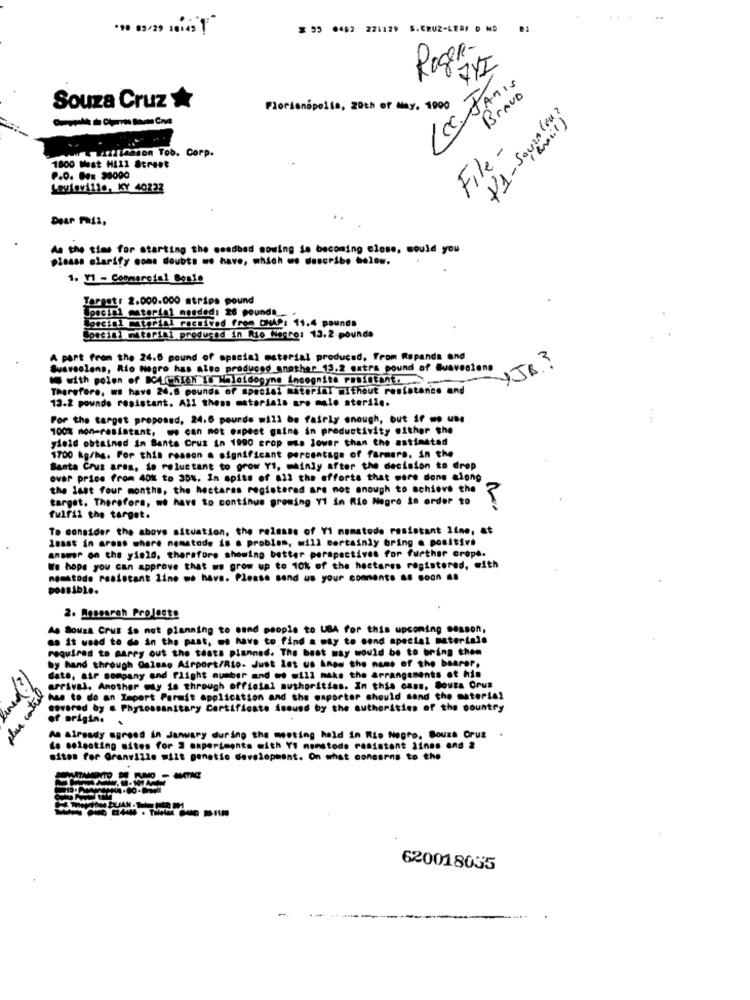
..
..
$ 35 0492 221129
S.CRUZ-LEAF D
Roger.
7/2
Lea JAMIs
Souza Cruz
Bravo
Florianopolis, 20th of May, 1900
File -
Allaason Tob. Corp.
1800 West Hill Street
P.O. Box 90000
Louleville, KY 40232
inojuinos- Fet
Dear Fail,
As the time for starting the mmadbad sowing is becoming close, would you
please clarify come doubts we have, which we describe below.
1. V1 - Commercial Bon1e
Target: 2.000.000 strips pound
pociel material mended: 26 pound" .
Joeein1 motorini ractived free ONAP: 11.4 pounds
Special material produced in Rio Negro: 13.2-pounda
A part from the 24.6 pound of apacial material produced, From Repanda and
YJB ?
Luo produced another 13.2 extra pound of Suavesione
Suaveolens, Rio Negro has also Pr
with polen of BC4( hIch Io Meloidogyne incognite resistant.
Therefore, wo have 24,6 pounds of special material mithout resistance and
13.2 pounds resistant. All these materials are mulo sterile.
For the target proposed, 24.6 pourds will be fairly enough, but if m. une
100% mon-resistant, we can not expect gains in productivity either the
yield obtained in Santa Cruz in 1990 crop mus lower than the estimated
1700 kg/ha. For this reason a significant percentage of farmera. in the
Santa Cruz area, So reluctant to grow Y1, mainly after the decision to drop
over price from 40% to 35%. In spite of all the efforts that were done clong
the last four months, the hectares registered are not enough to achieve the
target. Therefore, we have to continue growing 11 in Rio Negro in order to
fulfil the target.
To consider the above situation, the release of Vi momstode resistant line, at
least in arame where nomatode is a problem, will certainly bring a positive
ansmir on the yield, therefore showing better perspectives for further crope.
We hope you can approve that we grow up to 10% of the hectares registered, with
momstodo resistant line we have. Please send us your comments as soon ..
possible.
2. Research Projects
As Souza Cruz is not planning to sand people to UBA for this upcoming sesson,
as it used to de in the past, ms have to find a way to send special materiale
required to marry out the tests planned. The best way would be to bring them
by hand through Guloso Airport/Rio- Just let us know the name of the bearer.
date, air company and flight number and we will make the arrangements of his
plus control
arrival. Another way is through official authorities. In this cans, Souza Cruz
was to do an Import Parmit application and the oaporter should send the material
covered by . Phytossanitary Certificate Asound by the authorities of the country
of origin. .
An Already agreed in January during the meeting held in Rio Negro, Souza Cruz
do selecting sites for 2 experiments with Yo momstode resistant lines and 2
sites for Granville wilt genetic development. On what concerns to the
METAMONTO DE RUND - MATAR
1-101 AM
620018035